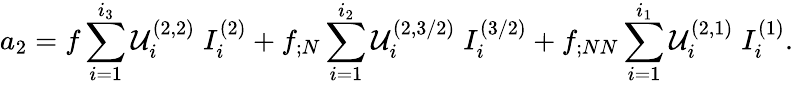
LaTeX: a_{2}=f\sum_{i=1}^{i_{3}}{\cal U}_{i}^{(2,2)}\; I_{i}^{(2)}+f_{;N}\sum_{i=1}^{i_{2}}{\cal U}_{i}^{(2,3/2)}\; I_{i}^{(3/2)}+f_{;NN}\sum_{i=1}^{i_{1}}{\cal U}_{i}^{(2,1)}\; I_{i}^{(1)}.